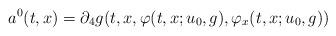
LaTeX: \begin{align*} a^0(t,x)=\partial_4 g(t,x,\varphi(t,x;u_0,g),\varphi_x(t,x;u_0,g)) \end{align*}